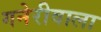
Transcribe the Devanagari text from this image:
गनेरीवाला